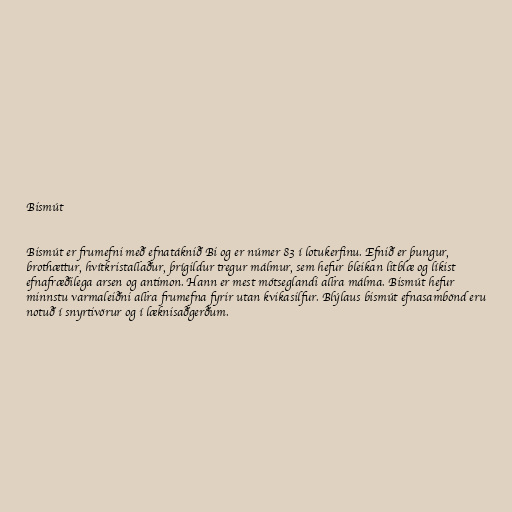
Bismút

Bismút er frumefni með efnatáknið Bi og er númer 83 í lotukerfinu. Efnið er þungur,
brothættur, hvítkristallaður, þrígildur tregur málmur, sem hefur bleikan litblæ og líkist
efnafræðilega arsen og antimon. Hann er mest mótseglandi allra málma. Bismút hefur
minnstu varmaleiðni allra frumefna fyrir utan kvikasilfur. Blýlaus bismút efnasambönd eru
notuð í snyrtivörur og í læknisaðgerðum.